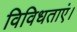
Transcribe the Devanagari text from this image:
विविधताएं।